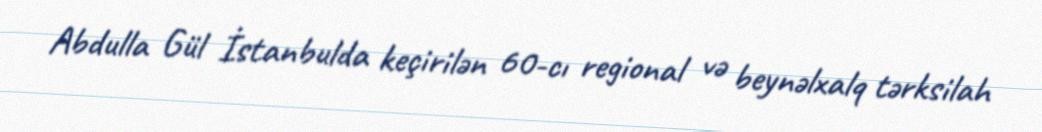
Abdulla Gül İstanbulda keçirilən 60-cı regional və beynəlxalq tərksilah